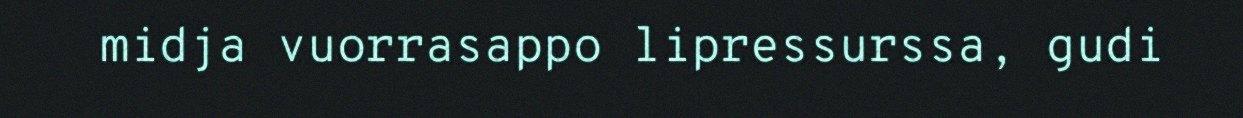
midja vuorrasappo lipressurssa, gudi